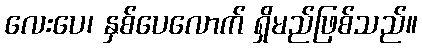
လေးပေ၊ နှစ်ပေလောက် ရှိမည်ဖြစ်သည်။